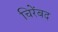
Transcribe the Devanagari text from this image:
चिरेंबद